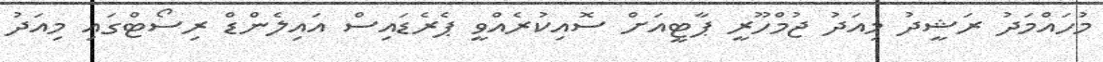
މުހައްމަދު ރަޝީދު މިއަދު ޖުމްހޫރީ ޕާޓީއަށް ސޮއިކުރެއްވީ ޕެރެޑައިސް އައިލެންޑް ރިސޯޓްގައި މިއަދު